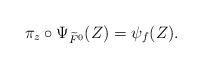
LaTeX: \begin{align*} \pi_z\circ \Psi_{\widetilde{F}^0}(Z)=\psi_f(Z).\end{align*}